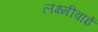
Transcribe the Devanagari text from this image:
लक्ष्‍मीबाई